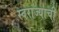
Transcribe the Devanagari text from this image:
स्‍वराज्याची